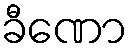
ခီဏော